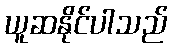
ယူဆနိုင်ပါသည်